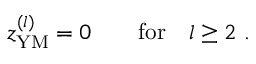
z _ { \mathrm { Y M } } ^ { ( l ) } = 0 \qquad \mathrm { f o r } \quad l \geq 2 \ .